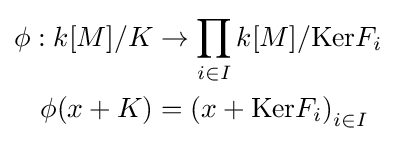
{\begin{aligned}\phi :k[M]/K&\to \prod _{i\in I}k[M]/\mathrm {Ker} F_{i}\\\phi (x+K)&=\left(x+\mathrm {Ker} F_{i}\right)_{i\in I}\end{aligned}}